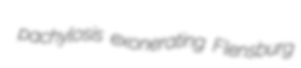
pachylosis exonerating Flensburg